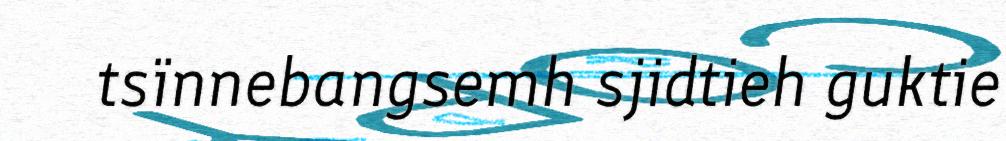
tsïnnebangsemh sjidtieh guktie